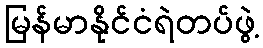
မြန်မာနိုင်ငံရဲတပ်ဖွဲ့